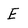
Character: E